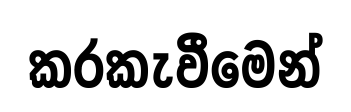
කරකැවීමෙන්